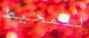
للمحيط